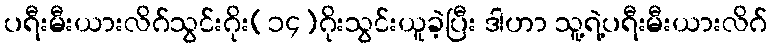
ပရီးမီးယားလိဂ်သွင်းဂိုး(၁၄)ဂိုးသွင်းယူခဲ့ပြီး ဒါဟာ သူ့ရဲ့ပရီးမီးယားလိဂ်